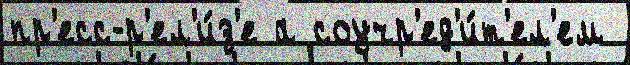
пр'есс-р'ел'и́з'е а соучр'ед'и́т'ел'ем